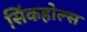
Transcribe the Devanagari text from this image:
सिंकहोल्स